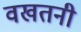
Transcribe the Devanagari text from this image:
वखतनी